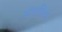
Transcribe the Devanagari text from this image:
संगतियों